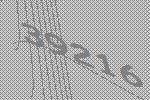
39216